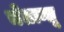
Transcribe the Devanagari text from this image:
चेतान्तू